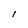
Character: l